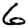
Digit: 6